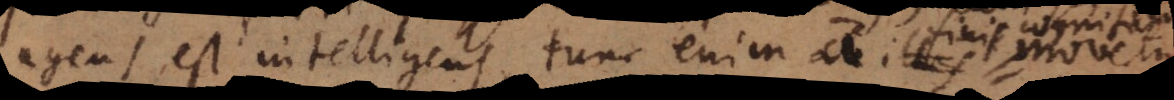
agens est intelligens, tunc enim